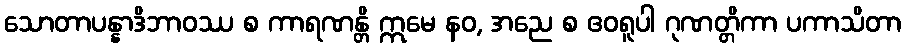
သောတာပန္နာဒိဘာဝဿ စ ကာရဏန္တိ ဣမေ နဝ, အညေ စ ဧဝရူပါ ဂုဏတ္တိကာ ပကာသိတာ